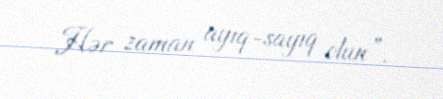
Hər zaman ayıq-sayıq olun”.